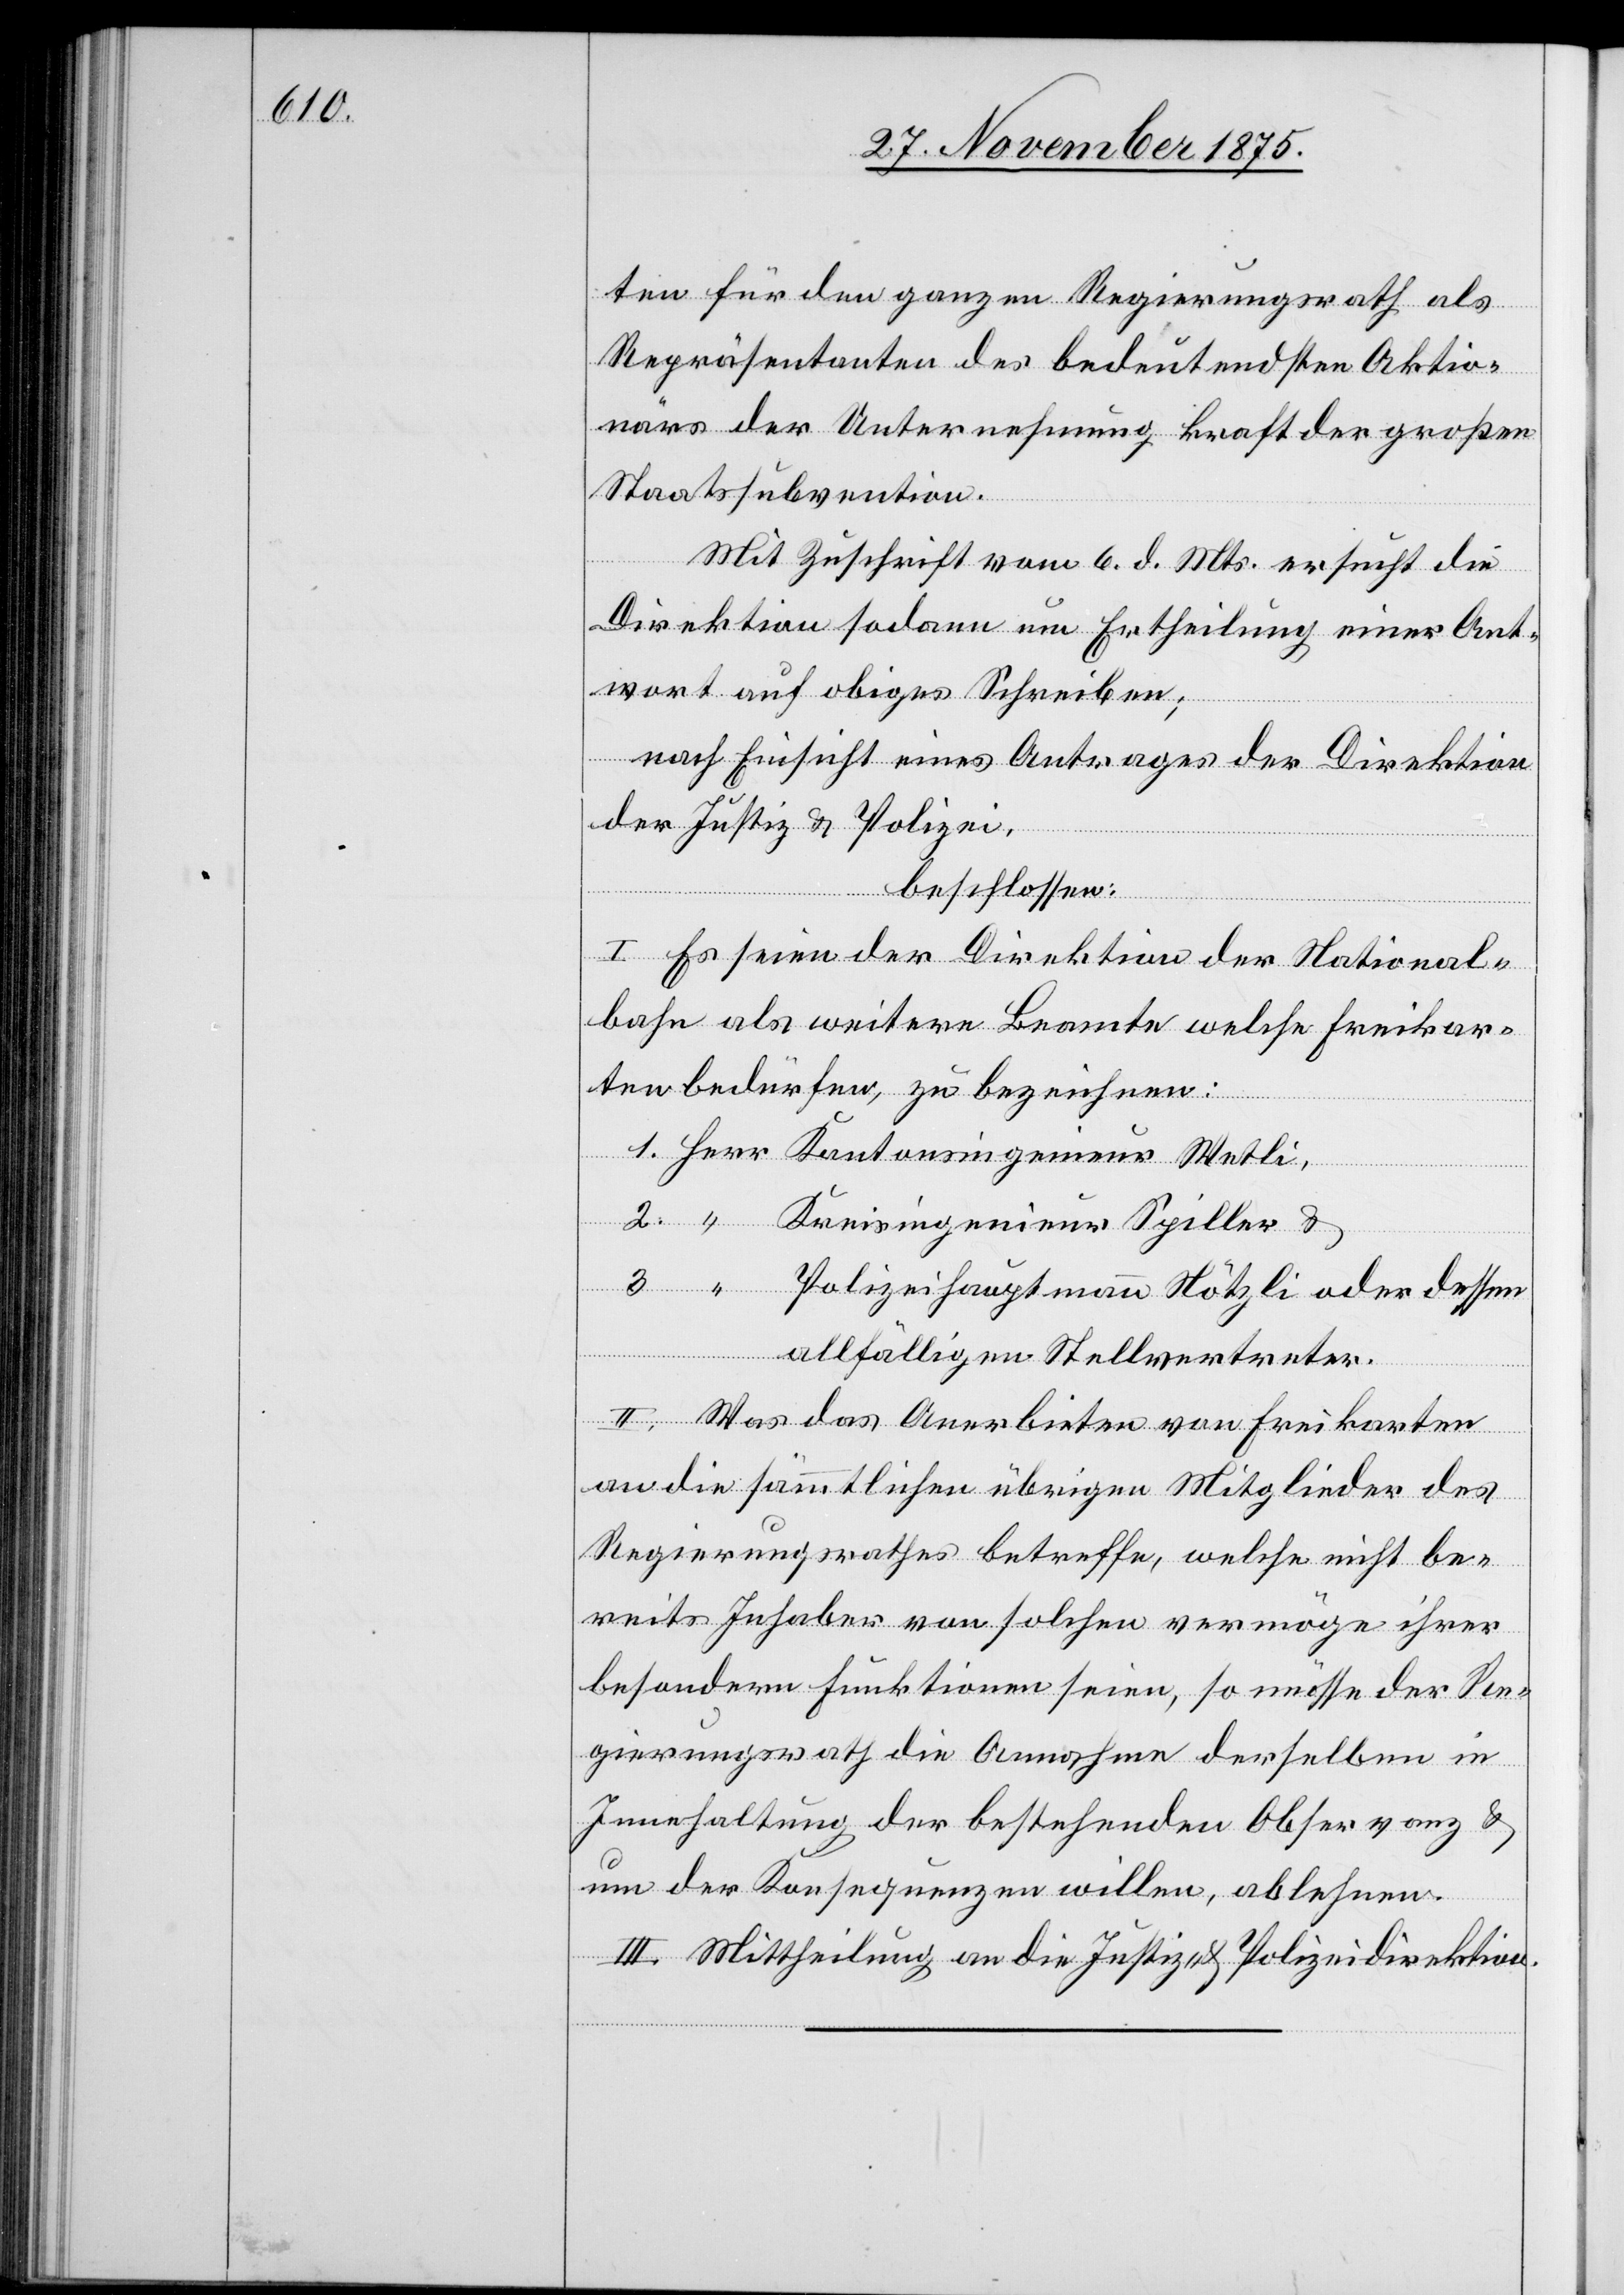
ten für den ganzen Regierungsrath als
Repräsentanten des bedeutendsten Aktio¬
närs der Unternehmung kraft der großen
Staatssubvention.
Mit Zuschrift vom 6. d. Mts. ersucht die
Direktion sodann um Ertheilung einer Ant¬
wort auf obiges Schreiben;
nach Einsicht eines Antrages der Direktion
der Justiz & Polizei,
beschlossen:
I. Es seien der Direktion der National¬
bahn als weitere Beamte welche Freikar¬
ten bedürfen, zu bezeichnen:
1. Herr Kantonsingenieur Wetli
2. “ Kreisingenieur Spiller &
3. “ Polizeihauptmann Nötzli oder dessen
allfälligen Stellvertreter.
II. Was das Anerbieten von Freikarten
an die sämmtlichen übrigen Mitglieder des
Regierungsrathes betreffe, welche nicht be¬
reits Inhaber von solchen vermöge ihrer
besondern Funktionen seien, so müsse der Re¬
gierungsrath die Annahme derselben in
Innehaltung der bestehenden Observanz &
um der Konsequenzen willen, ablehnen.
III. Mittheilung an die Justiz- & Polizeidirektion.